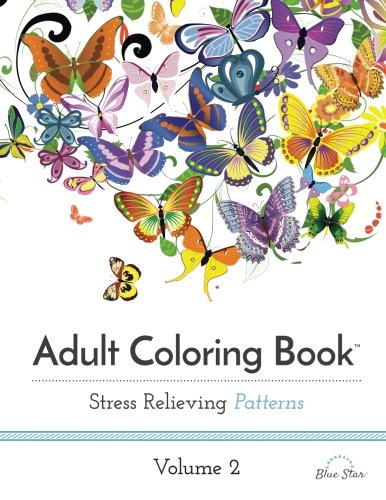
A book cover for Adult Coloring Book: Stress Relieving Patterns Volume 2; Blue Star Coloring; Humor & Entertainment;